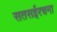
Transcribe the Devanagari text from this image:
सतसईरचना